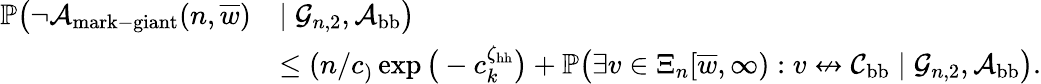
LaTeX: \begin{array}{rl}{\mathbb{P}\big(\neg{\mathcal A}_{\mathrm{mark-giant}}(n,\overline{{w}})}&{\mid{\mathcal G}_{n,2},{\mathcal A}_{\mathrm{bb}}\big)}\\ &{\le(n/c_)\exp\big(-c_k^{\zeta_{\mathrm{hh}}}\big)+\mathbb{P}\big(\exists v\in\Xi_{n}[\overline{{w}},\infty):v\not\leftrightarrow{\mathcal C}_{\mathrm{bb}}\mid{\mathcal G}_{n,2},{\mathcal A}_{\mathrm{bb}}\big).}\end{array}